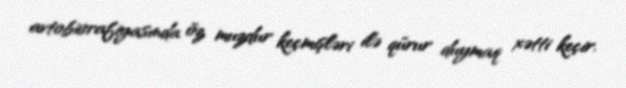
avtobiorafiyasında öz muzdur keçmişləri ilə qürur duymaq xətti keçir.